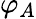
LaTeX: \varphi_{A}